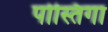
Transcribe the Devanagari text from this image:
पोस्तिगा